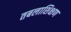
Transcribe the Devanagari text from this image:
तबलाशिक्षण